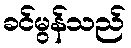
ခင်မွန်သည်